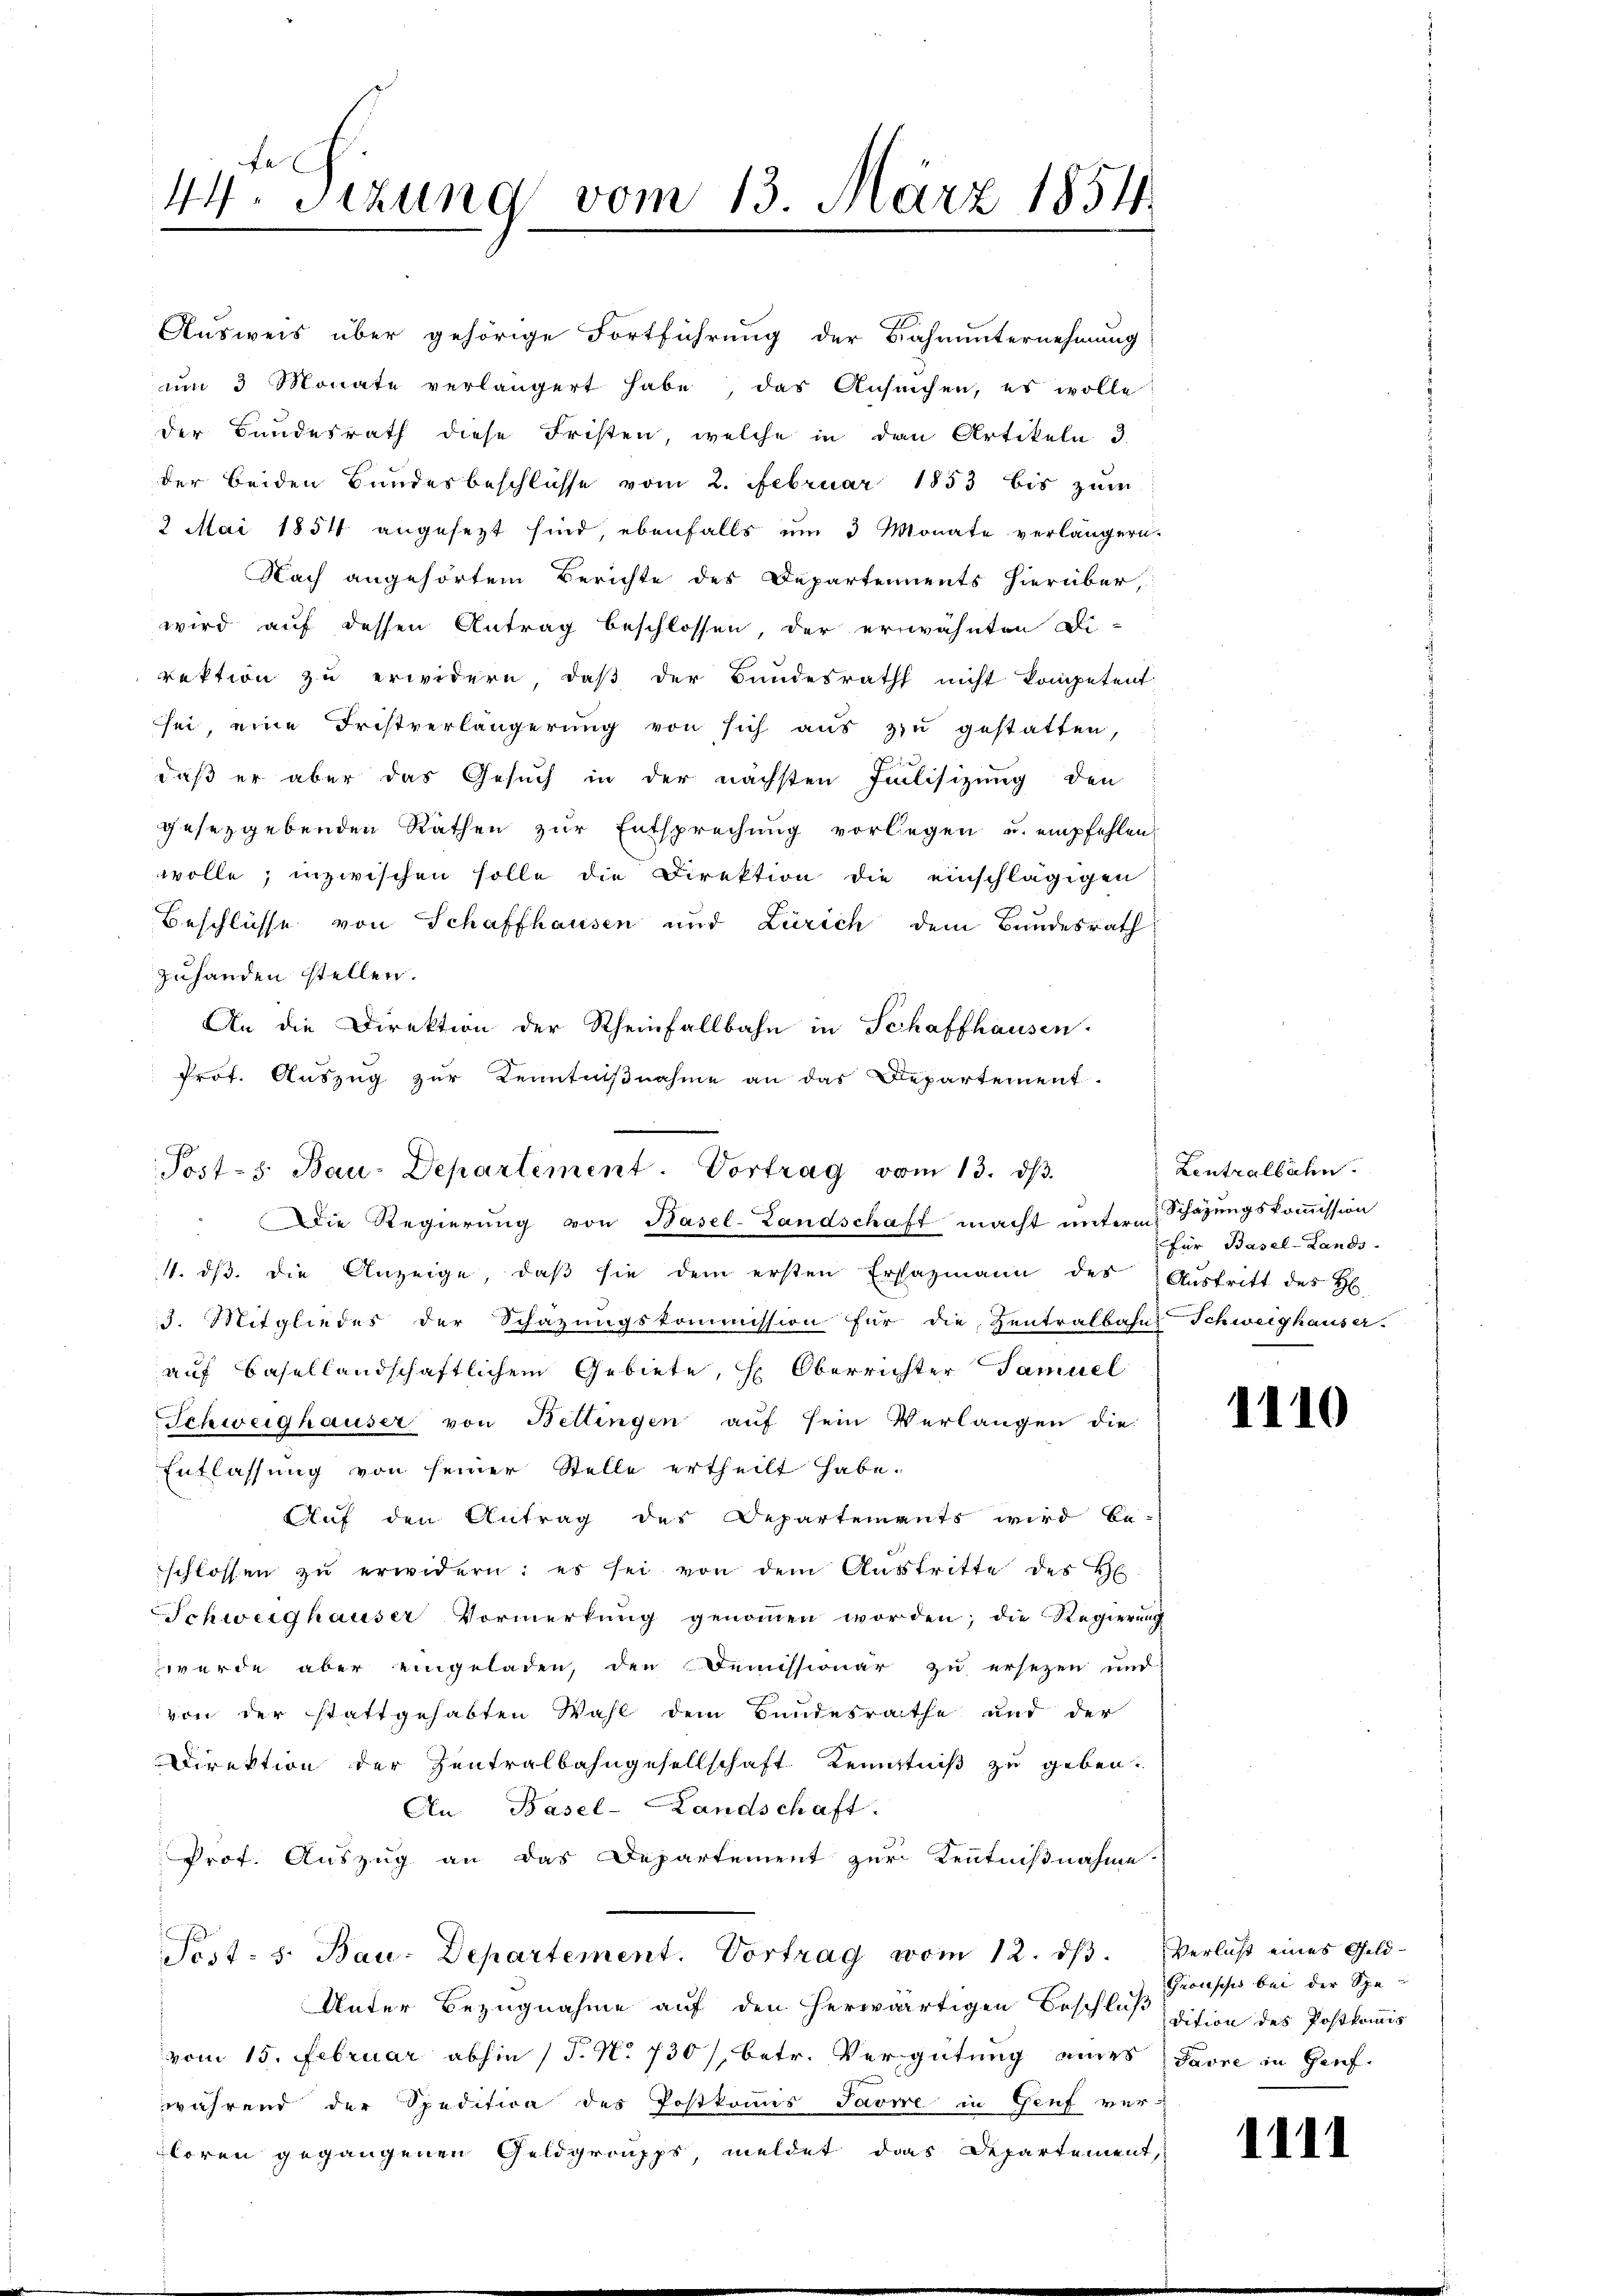
44 Sizung vom 13. März 1854.

Ausweis über gehörige Fortführung der Bahnunternehmung
um 3 Monate verlängert habe, das Ansuchen, es wolle
der Bundesrath diese Fristen, welche in den Artikeln 3.
der beiden Bundesbeschlüsse vom 2. Februar 1853 bis zum
2 Mai 1854 angesezt sind, ebenfalls um 3 Monate verlängern.
Nach angehörtem Berichte des Departements hierüber,
wird auf dessen Antrag beschlossen, der erwähnten Di-
rektion zu erwidern, daß der Bundesrath nicht kompetent
sei eine Fristverlängerŭng von sich aŭs zŭ gestatten,
daß er aber das Gesuch in der nächsten Julisizung den
gesetzgebenden Räthen zŭr Entsprechŭng vorliegen u. empfehlen
wolle; inzwischen solle die Direktion die einschlägigen
Beschlüsse von Schaffhausen und Zürich dem Bundesrath
zuhanden stellen.
An die Direktion der Rheinfallbahn in Schaffhausen.
Prof. Auszug zur Kenntnißnahme an das Departement.
11. dβ. die Anzeige, daβ sie dem ersten Ersazmann des Aŭstritt des H
3. Mitgliedes der Schazungskommission für die Zentralbahns Schweighauser.
auf Basellandschaftlichem Gebiete, H. Oberrichter Samuel
Schweighauser von Bellingen auf sein Verlangen die
Entlassung von seiner Stelle ertheilt habe.
Auf den Antrag des Departements wird be-
schlossen zŭ erwidern: es sei von dem Aŭstritte des H
Schweighauser Vormerkung genommen worden; die Regierung
werde aber eingeladen, den Demissionär zu ersezen und
von der stattgehabten Wahl dem Bundesrathe und der
Direktion der Zentralbahngesellschaft Kenntniß zu geben.
An Basel-Landschaft.
Prof. Auszug an das Departement zur Kenntnißnahme.
Post- s. Bau-Departement. Vortrag vom 12. dβ. Verlust eines Geld-
Unter Bezugnahme auf den herwärtigen Beschluß dition des Postkomis
vom 15. Februar abhin (T. N. 730/, betr. Vergütung eines Favre in Genfwährend der Spedition des Postkomis Javre in Genf ver-
loren gegangenen Geldgroupps meldet das Departement,

ß
Post- 5. Bau-Departement. Vortrag vom 13. d.
 Die Regierung von Basel-Landschaft macht unterm Schazungskommission

Zentralbahn.
für Basel-Lands-

1110

Gronsch bei der Spe

1111